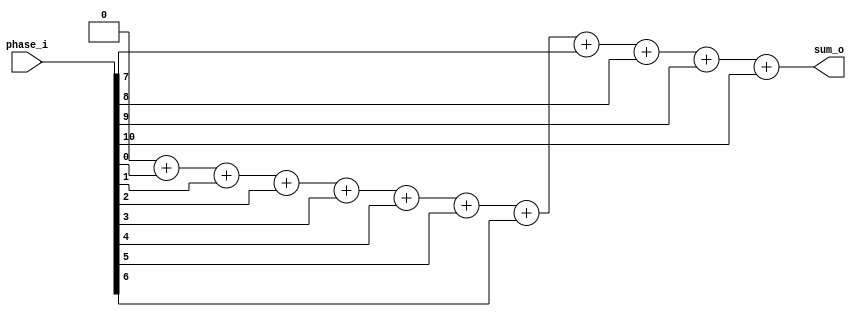
module phase_sum
  #(
    parameter PHASE_WIDTH = 11,
    parameter SUM_WIDTH = 4) // ceil(log2(BIT_WIDTH))
   (
    input [PHASE_WIDTH-1:0] phase_i,
    output [SUM_WIDTH-1:0]  sum_o 
    );

   reg [SUM_WIDTH-1:0]      sum;
   integer 		    idx;

   always @* begin
      sum = {SUM_WIDTH{1'b0}};
      for (idx = 0; idx < PHASE_WIDTH; idx = idx + 1) begin
	 sum = sum + phase_i[idx];
      end
   end

   assign sum_o = sum;
   
endmodule // phase_sum